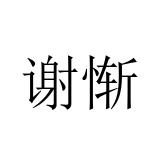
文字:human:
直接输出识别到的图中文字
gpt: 谢惭